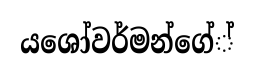
යශෝවර්මන්ගේ්